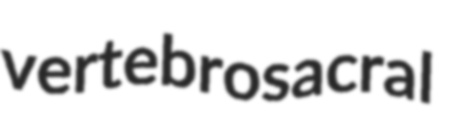
vertebrosacral